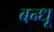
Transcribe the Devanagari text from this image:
बन्धू